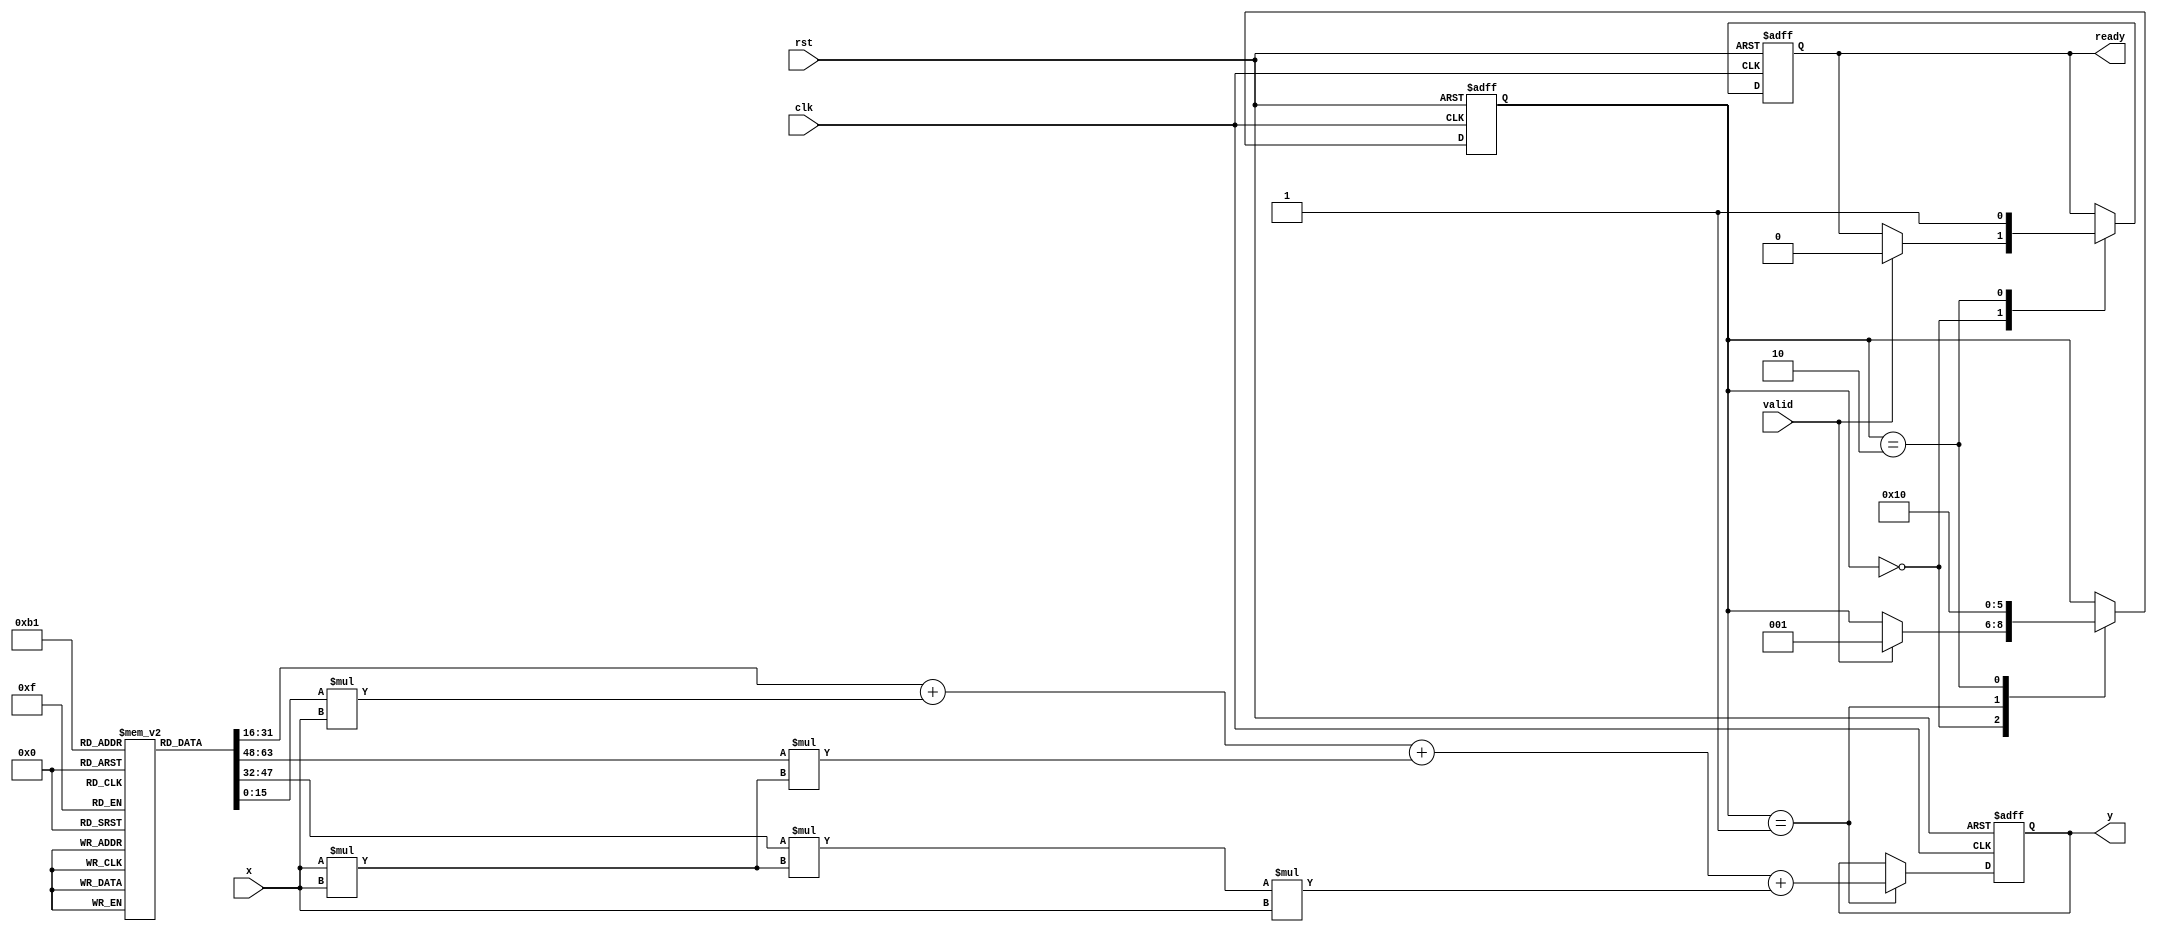
module poly_approx_reciprocal #(
    parameter X_WIDTH = 16, // Width of input x
    parameter Y_WIDTH = 16, // Width of output y (1/x)
    parameter COEF_WIDTH = 16, // Width of coefficients
    parameter NUM_COEFS = 4 // Number of polynomial coefficients
)(
    input wire clk,
    input wire rst,
    input wire [X_WIDTH-1:0] x, // Input x (0 < x < 1)
    input wire valid, // Input valid signal
    output reg [Y_WIDTH-1:0] y, // Output y (1/x)
    output reg ready // Output ready signal
);

    // Polynomial coefficients (example values for R(x) = c0 + c1*x + c2*x^2 + c3*x^3)
    reg [COEF_WIDTH-1:0] coeffs [0:NUM_COEFS-1];
    
    // Internal signals
    reg [X_WIDTH-1:0] x_squared;
    reg [Y_WIDTH-1:0] result;
    reg [2:0] state;
    
    localparam IDLE = 3'b000,
               CALC = 3'b001,
               DONE = 3'b010;

    // Initialize coefficients (example coefficients for polynomial approximation)
    initial begin
        coeffs[0] = 16'h1A; // c0
        coeffs[1] = 16'hE0; // c1
        coeffs[2] = 16'h7E; // c2
        coeffs[3] = 16'h3A; // c3
    end

    // Polynomial evaluation using Horner's method
    always @(*) begin
        x_squared = x * x; // x^2
        result = coeffs[0] + (coeffs[1] * x) + (coeffs[2] * x_squared) + (coeffs[3] * x_squared * x);
    end

    // Control logic and state machine
    always @(posedge clk or posedge rst) begin
        if (rst) begin
            state <= IDLE;
            y <= 0;
            ready <= 0;
        end else begin
            case (state)
                IDLE: begin
                    if (valid) begin
                        state <= CALC;
                        ready <= 0;
                    end
                end
                CALC: begin
                    // Perform polynomial evaluation
                    y <= result; // Store the polynomial result
                    state <= DONE;
                end
                DONE: begin
                    ready <= 1; // Indicate that output is ready
                    state <= IDLE; // Go back to idle
                end
            endcase
        end
    end

endmodule